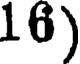
16)